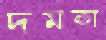
দমকা